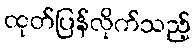
ထုတ်ပြန်လိုက်သည့်